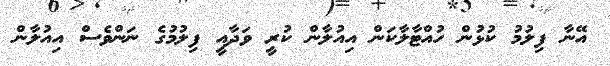
އޭނާ ފިލުމު ކުޅުން ހުއްޓާލާކަން އިއުލާން ކުރީ ވަދާއީ ފިލުމުގެ ނަންވެސް އިއުލާން